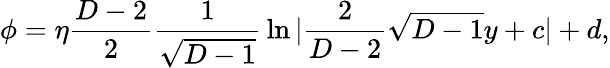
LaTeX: \phi=\eta{\frac{D-2}{2}}{\frac{1}{\sqrt{D-1}}}\ln|{\frac{2}{D-2}}\sqrt{D-1}y+c|+d,